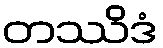
တဿိဒံ